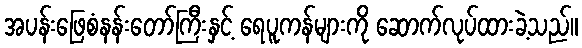
အပန်းဖြေစံနန်းတော်ကြီးနှင့် ရေပူကန်များကို ဆောက်လုပ်ထားခဲ့သည်။